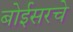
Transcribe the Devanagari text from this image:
बोईसरचे